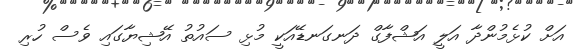
އަށް ކުޅެމުންދާ އަލީ އަޝްފާގް ދަނގަނޑޭއަކީ މުޅި ސައުތު އޭޝިޔާގައި ވެސް ހުރި